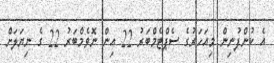
އެ ކުންފުނިން މިއަހަރުގެ ސެޕްޓެމްބަރު 22 އިން ނޮވެމްބަރު 22 ގެ ނިޔަލަށް